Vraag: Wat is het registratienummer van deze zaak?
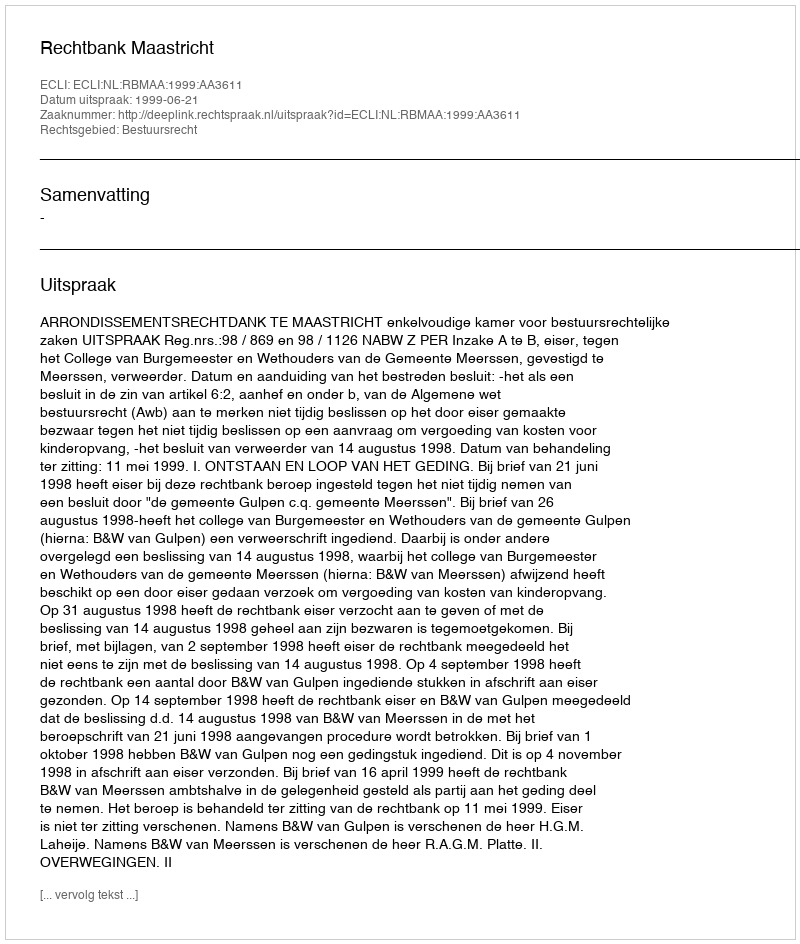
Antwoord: http://deeplink.rechtspraak.nl/uitspraak?id=ECLI:NL:RBMAA:1999:AA3611